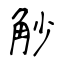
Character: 觘